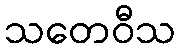
သတေဝီသ